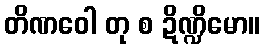
တိဏဝေါ တု စ ဍိဏ္ဍိမော။